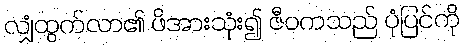
လျှံထွက်လာ၏ ဖိအားသုံး၍ ဇီဝကသည် ပုံပြင်ကို